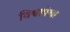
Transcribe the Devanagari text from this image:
विश्वापेक्षा